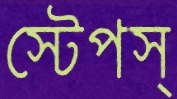
স্টেপস্